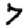
Digit: 7